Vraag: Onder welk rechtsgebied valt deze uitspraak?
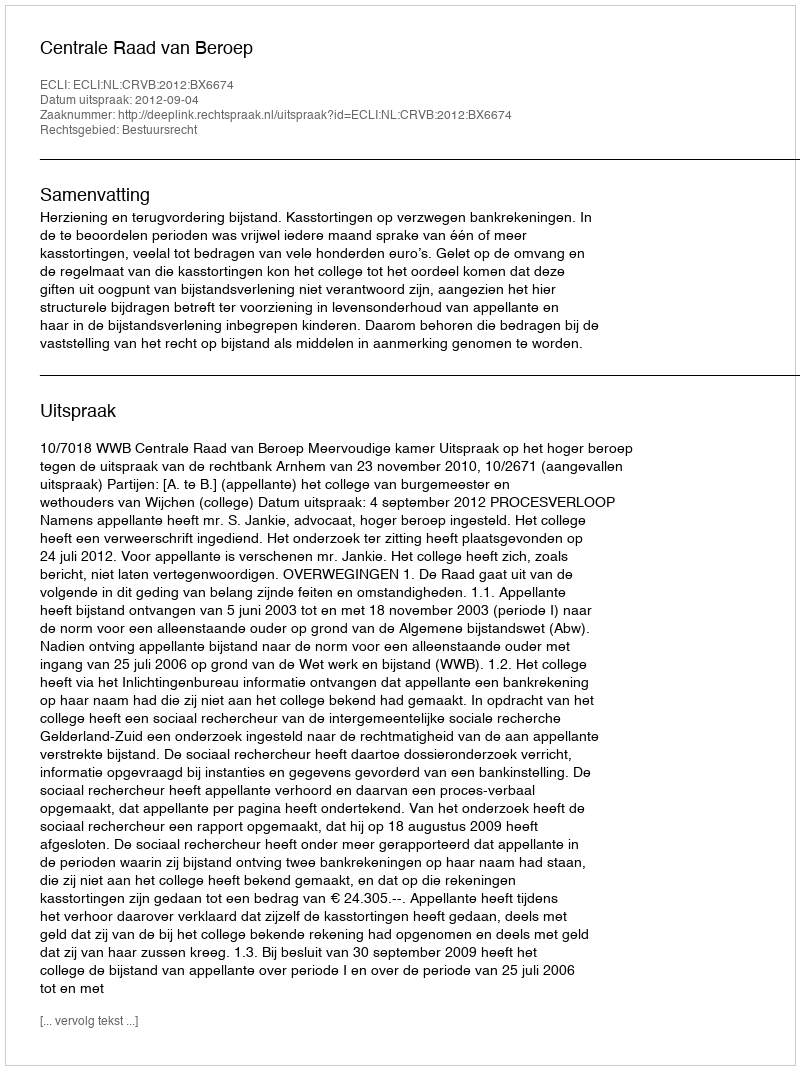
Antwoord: Bestuursrecht